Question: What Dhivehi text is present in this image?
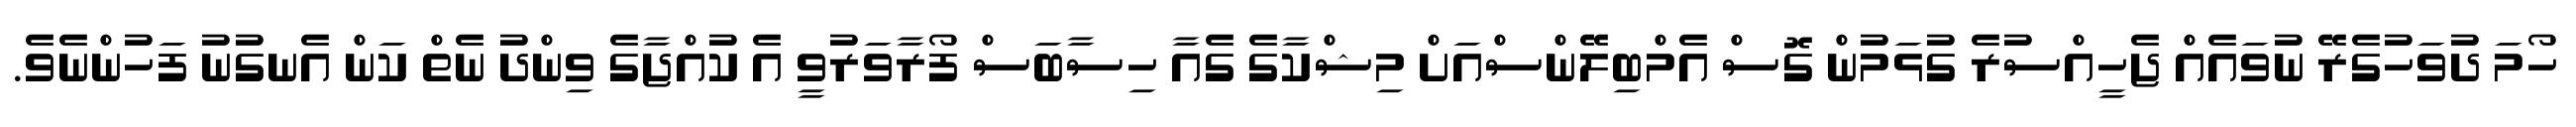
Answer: ހޯމަ ދުވަހުގެރޭ ނުވައެއް ޖެހީއްސުރެ ގުޅަމުން ގޮސް އެމްބިލޭންސްއަށް މިޝްކާގެ ގެއާ ހިސާބަސް ފޯރާވަރުވީ އެ ކުއްޖާގެ ވިންދު ނެތް ކަން އެނގުނު ފަހުންނެވެ.